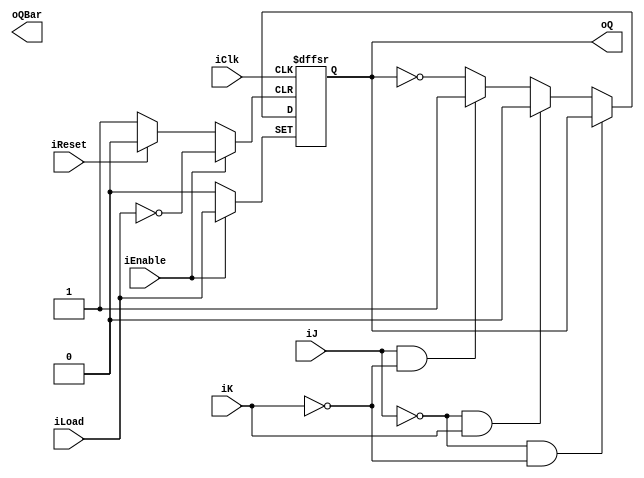
module mFlipFlop_JK_Negedge_NegRst (iClk, iReset, iJ, iK, oQ, oQBar, iEnable, iLoad);

input iClk, iJ, iK, iReset, iEnable, iLoad;
output reg oQ, oQBar;

always@(negedge iClk or negedge iReset or posedge iEnable)
	if (!iReset)
		begin
		oQ <= 1'b0;
		end
	else if (iEnable)
		begin
		oQ <= iLoad;
		end
	else
	begin
		if (!iJ && !iK)
			begin
			oQ <= oQ;
			end
		else if (!iJ && iK)
			begin
			oQ <= 1'b0;
			end
		else if (iJ && !iK)
			begin
			oQ <= 1'b1;
			end
		else
			begin
			oQ <= ~oQ;
			end
	end
endmodule